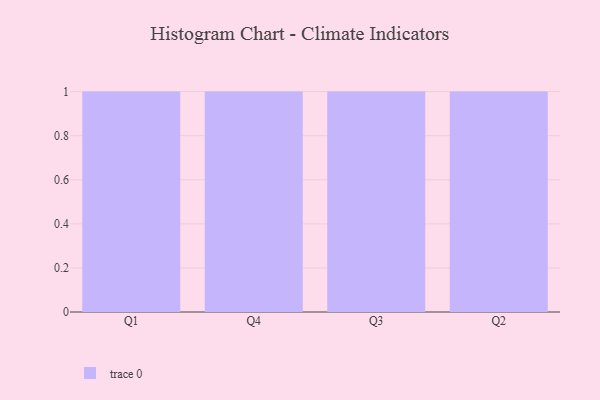
{"axis": {"x": "Quarter", "y": "Latency (ms)"}, "legend": [""], "data": [{"x": "Q1", "y": 67, "type": ""}, {"x": "Q4", "y": 74, "type": ""}, {"x": "Q3", "y": 87, "type": ""}, {"x": "Q2", "y": 21, "type": ""}]}